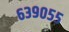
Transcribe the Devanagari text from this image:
६३९०५५